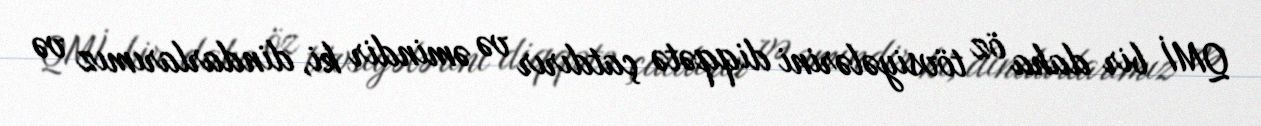
QMİ bir daha öz tövsiyələrini diqqətə çatdırır və əmindir ki, dindarlarımız və